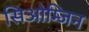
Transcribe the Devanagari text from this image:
सिओम्जिन